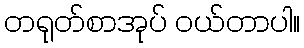
တရုတ်စာအုပ် ဝယ်တာပါ။